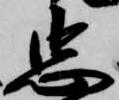
忠